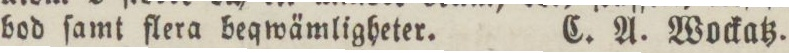
bod ſamt flera beqwämligheter.    C. A. Wockatz.